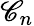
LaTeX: \mathscr{C}_{n}